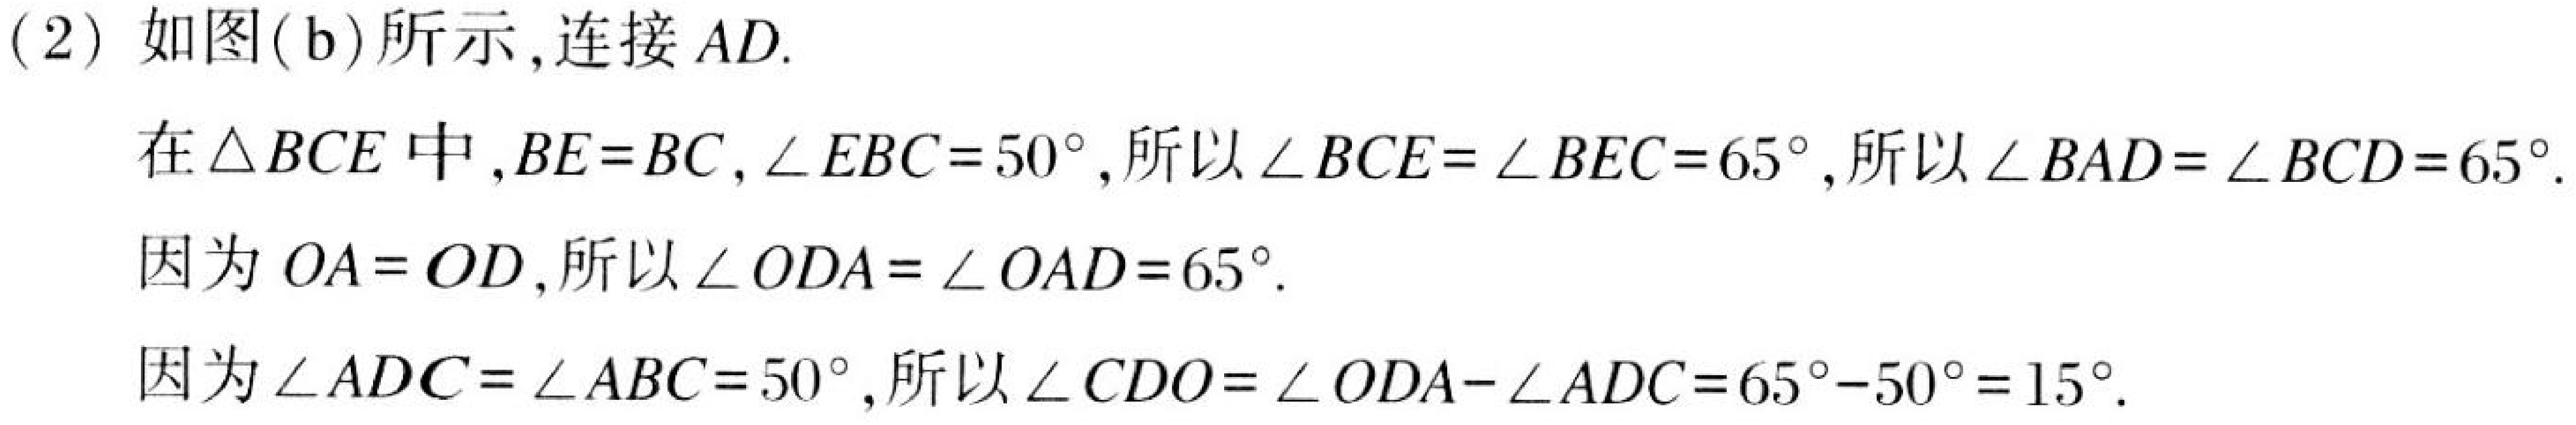
(2) 如图(b)所示,连接$AD$.

在$\triangle BCE$中,$BE = BC$,$\angle EBC = 50^{\circ}$,所以$\angle BCE=\angle BEC = 65^{\circ}$,所以$\angle BAD=\angle BCD = 65^{\circ}$.

因为$OA = OD$,所以$\angle ODA=\angle OAD = 65^{\circ}$.

因为$\angle ADC=\angle ABC = 50^{\circ}$,所以$\angle CDO=\angle ODA-\angle ADC=65^{\circ}-50^{\circ}=15^{\circ}$.